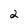
Character: 2